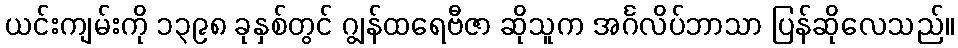
ယင်းကျမ်းကို ၁၃၉၈ ခုနှစ်တွင် ဂျွန်ထရေဗီဇာ ဆိုသူက အင်္ဂလိပ်ဘာသာ ပြန်ဆိုလေသည်။